Investigations into the jail dietaries of the United Provinces with some observations on the influence of dietary on the physical development and well-being of the people of the United Provinces - Number 48
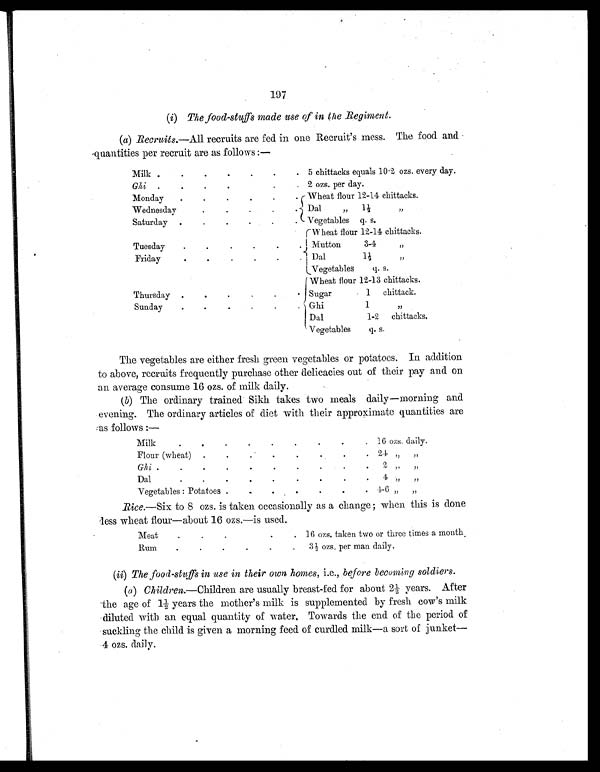
197
(i) The food-stuffs made use of in the Regiment.
(a) Recruits.—All recruits are fed in one Recruit's mess. The food and
quantities per recruit are as follows :—
Milk .
.
.
.
.
.
. 5 chittacks equals 10 . 2 ozs. every day.
Ghi .
.
.
.
.
2 ozs. per day.
Monday
.
. . . . .
Wheat flour 12-14 chittacks.
Wednesday
.
.
.
.
. Dal
" 1½ "
Saturday .
.
.
.
.
. Vegetables q. s.
Wheat flour 12-14 chittacks.
Tuesday
.
.
.
.
Mutton 3-4 "
Friday
.
. . . Dal 1½ "
Vegetables q. s.
Wheat flour 12-13 chittacks.
Thursday .
.
.
.
. Sugar 1 chittack.
n
Sunday
. . . . . .
Ghi
1 "
Dal 1-2 chittacks.
Vegetables q. s.
The vegetables are either fresh green vegetables or potatoes. In addition
to above, recruits frequently purchase other delicacies out of their pay and on
an average consume 16 ozs. of milk daily.
(b) The ordinary trained Sikh takes two meals daily—morning any
evening. The ordinary articles of diet with their approximate quantities are
as follows :—
Milk . . . . . .
16 ozs. daily.
Flour (wheat) . . . . . .
24 " "
Ghi . . . . . .
2 " "
D a l
.
.
.
.
.
.
4 " "
Vegetables : Potatoes
. . . . . .
4-6 " "
Rice.—Six to 8 ozs. is taken occasionally as a change; when this is done
less wheat flour—about 16 ozs.—is used.
M e a t
.
.
.
.
.
.
16 ozs. taken two or three times a month.
R u m
. . . . . .
3½ ozs. per man daily.
(ii) The food-stuffs in use in their own homes, i.e., before becoming soldiers.
(a ) Children.—Children are usually breast-fed for about 2½ years. After
the age of 1½ years the mother's milk is supplemented by fresh cow's milk
diluted with an equal quantity of water. Towards the end of the period of
suckling the child is given a morning feed of curdled milk—a sort of junket
—
4 ozs. daily.